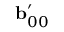
\mathbf { b } _ { 0 0 } ^ { \prime }